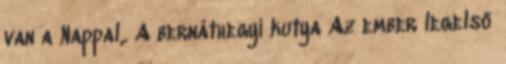
van a Nappal,. A bernáthegyi kutya Az ember legelső